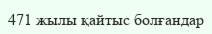
471 жылы қайтыс болғандар